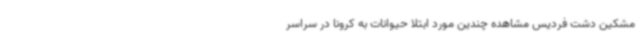
مشکین دشت فردیس مشاهده چندین مورد ابتلا حیوانات به کرونا در سراسر